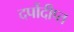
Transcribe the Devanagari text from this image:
दर्पोदीप्त